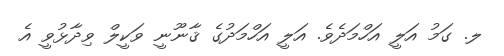
ލ. ގަމު އަލީ އަހްމަދެވެ. އަލީ އަހްމަދުގެ ޤާނޫނީ ވަކީލް ވިދާޅުވީ އެ